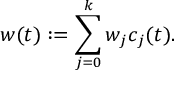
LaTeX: w ( t ) : = \sum _ { j = 0 } ^ { k } w _ { j } c _ { j } ( t ) .